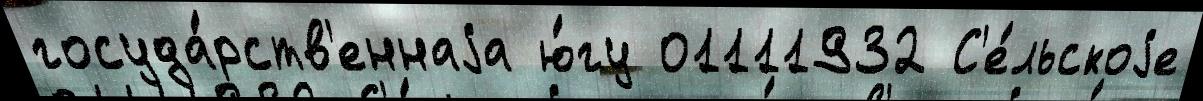
госуда́рств'еннаjа ю́гу 01111932 С'е́льскоjе